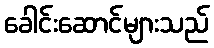
ခေါင်းဆောင်များသည်